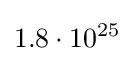
1.8\cdot 10^{25}